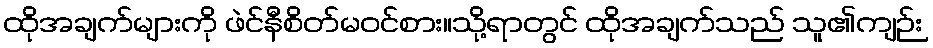
ထိုအချက်များကို ဖဲင်နီစိတ်မဝင်စား။သို့ရာတွင် ထိုအချက်သည် သူ၏ကျဉ်း